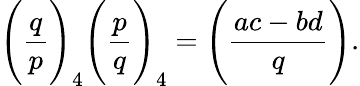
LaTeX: {\Bigg(}{\frac{q}{p}}{\Bigg)}_{4}{\Bigg(}{\frac{p}{q}}{\Bigg)}_{4}={\Bigg(}{\frac{ac-bd}{q}}{\Bigg)}.